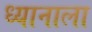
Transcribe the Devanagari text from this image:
ध्यानाला